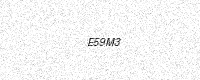
Text: E59M3